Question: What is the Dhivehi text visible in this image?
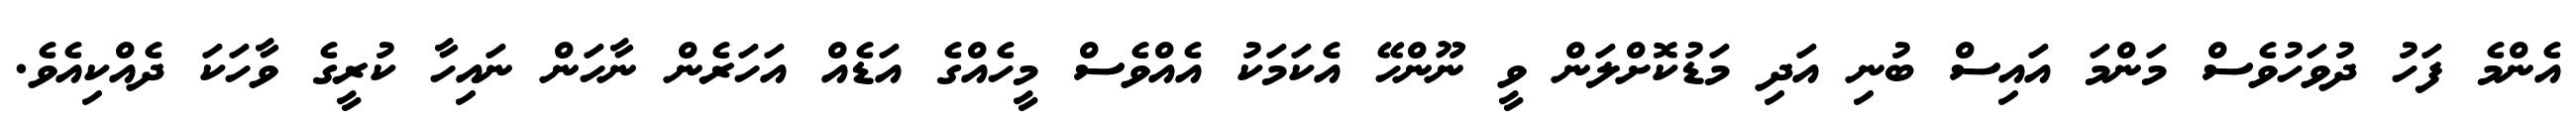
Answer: އެންމެ ފަހު ދުވަހުވެސް މަންމަ އައިސް ބުނި އަދި މަޑުކޮށްލަން ވީ ނޫންހޭ އެކަމަކު އެއްވެސް މީހެއްގެ އަޑެއް އަހަރެން ނާހަން ނައިހާ ކުރީގެ ވާހަކަ ދެއްކިއެވެ.